Annual report of the Prince of Wales Medical College, Patna
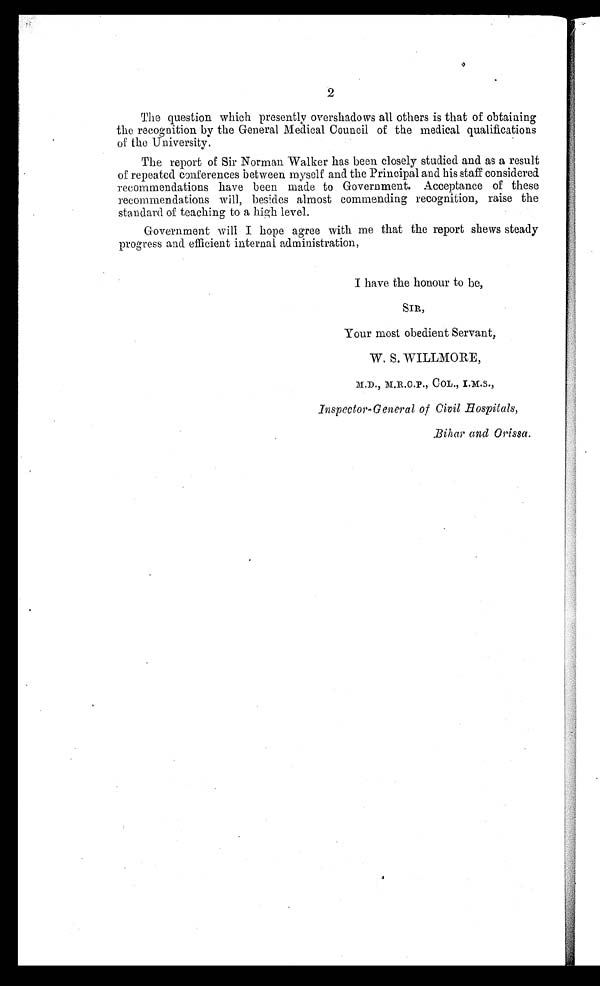
2
The question which presently overshadows all others is that of obtaining
the recognition by the General Medical Council of the medical qualifications
of the University.
The report of Sir Norman Walker has been closely studied and as a result
of repeated conferences between myself and the Principal and his staff considered
recommendations have been made to Government. Acceptance of these
recommendations will, besides almost commending recognition, raise the
standard of teaching to a high level.
Government will I hope agree with me that the report shews steady
progress and efficient internal administration,
I have the honour to be,
SIR,
Your most obedient Servant,
W. S. WILLMORE,
M.D., M.R.C.P., COL., I.M.S.,
Inspector-General of Civil Hospitals,
Bihar and Orissa.